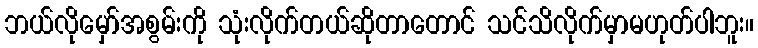
ဘယ်လိုမှော်အစွမ်းကို သုံးလိုက်တယ်ဆိုတာတောင် သင်သိလိုက်မှာမဟုတ်ပါဘူး။